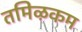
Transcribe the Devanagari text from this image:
तमिऴकम